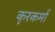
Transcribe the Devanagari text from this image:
कृरकर्मा